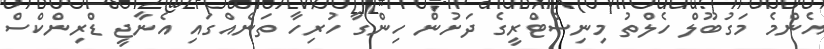
އެންމެ މަގުބޫލް ހެލްތު މިނިސްޓްރީގެ ދަށުން ހިންގާ ހުރިހާ ތަނެއްގައި އެނާޖީ ޑްރިންކްސް